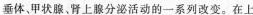
垂体，甲状腺，肾上腺分泌活动的一系列改变。在上